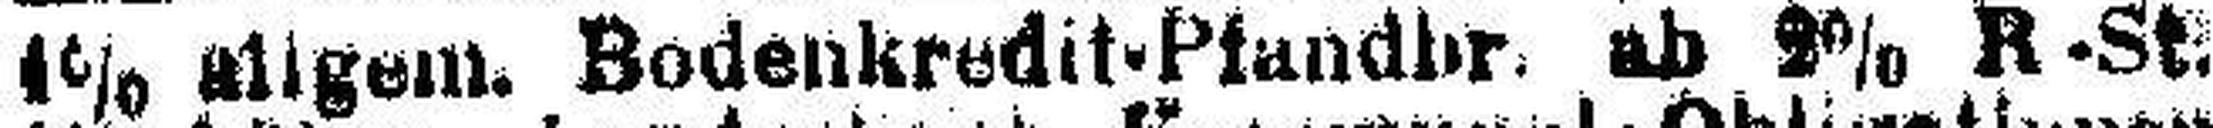
4% allgem. Bodenkredt-Pfandbr. ab 2% R-St.